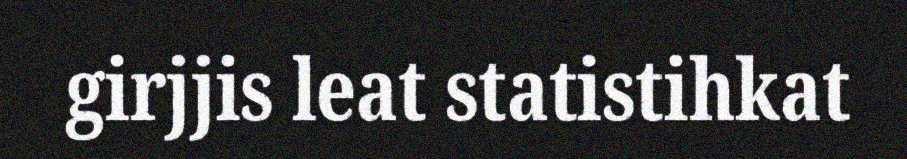
girjjis leat statistihkat